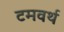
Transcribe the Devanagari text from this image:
टमवर्थ